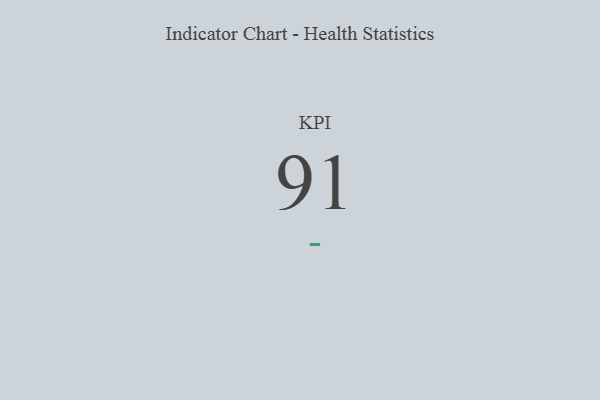
{"axis": {"x": "KPI", "y": "Value"}, "legend": [""], "data": [{"x": "KPI", "y": 91, "type": ""}]}